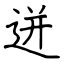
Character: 迸